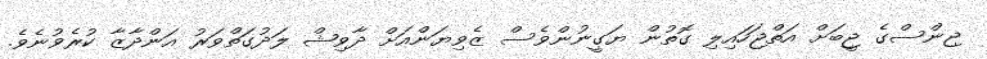
ޖިންސްގެ ޖީބަށް އަތްޖަހައިލި ގޮތުން ޔަގީނުންވެސް ޒެވިޔަންއަށް ދާވިޝް ލަދުގަތްވަރު އަންދާޒާ ކުރެވުނެވެ.